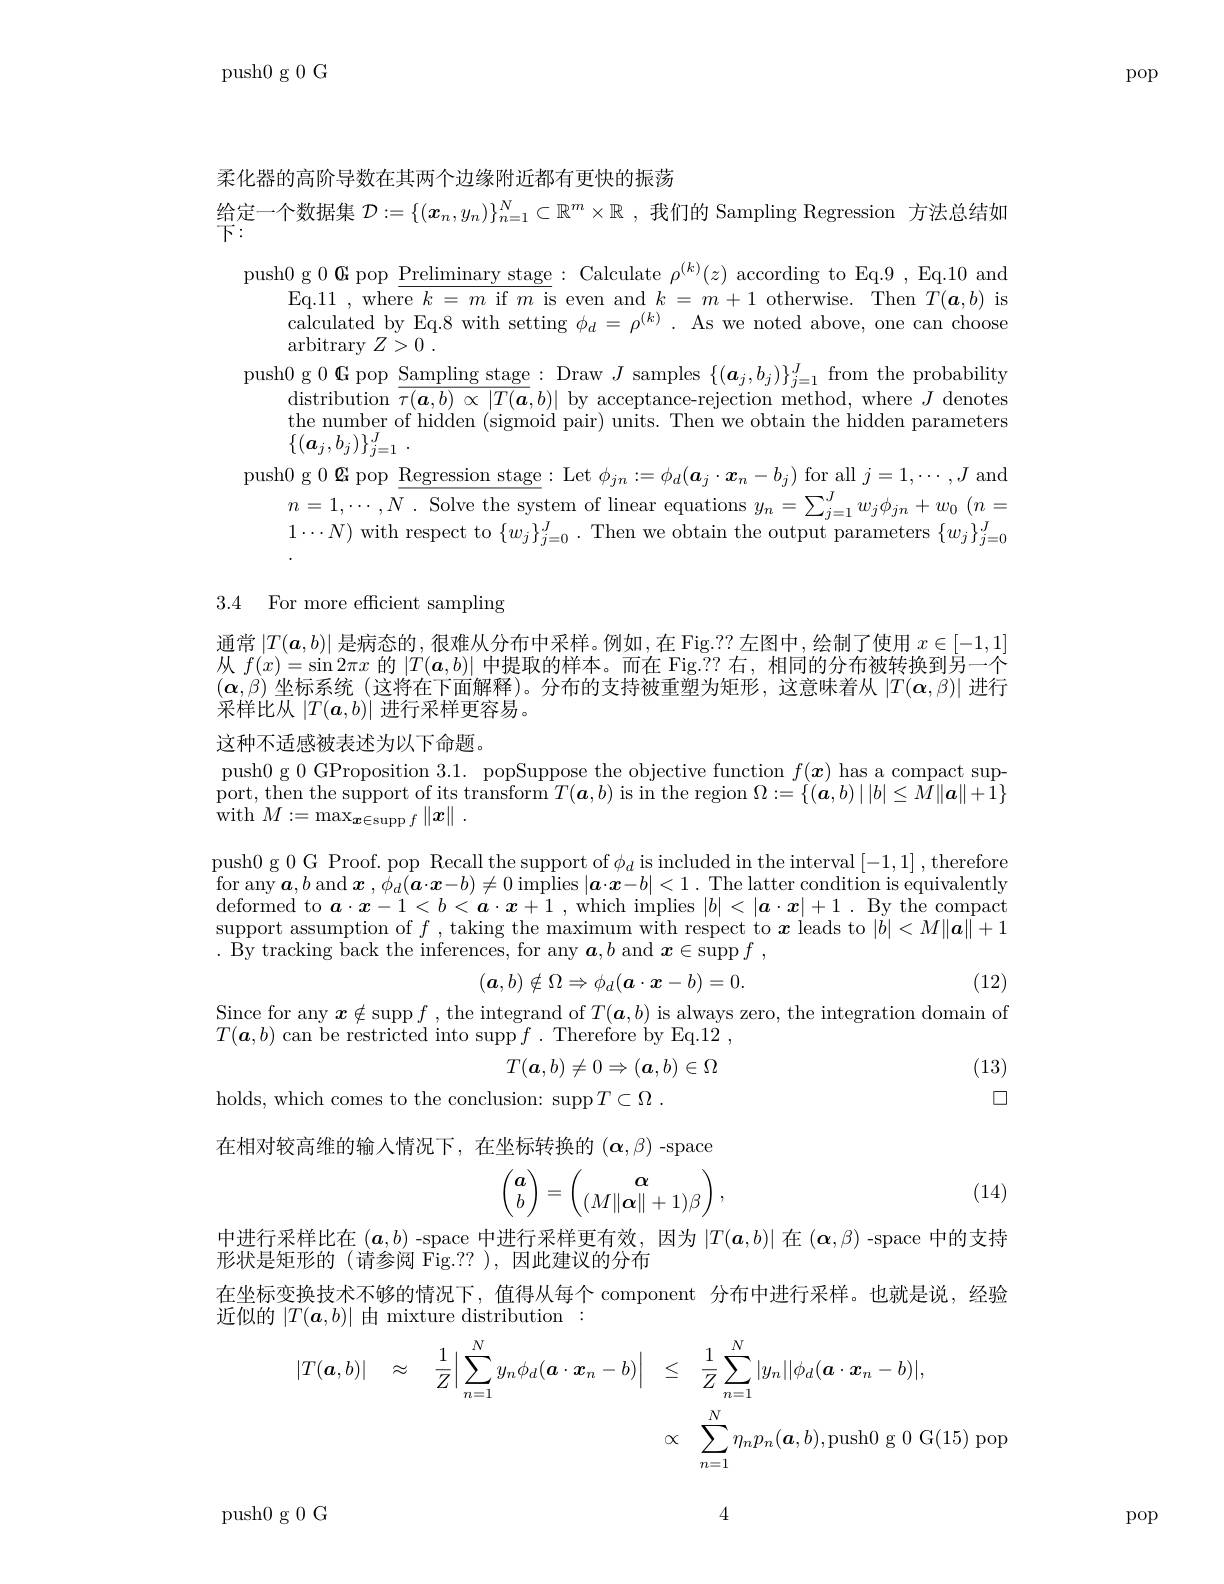
push0 g 0 G

pop

柔化器的高阶导数在其两个边缘附近都有更快的振荡

$\begin{array}{l}\text{给定一个数据集 }\mathcal{D}:=\{(x_n,y_n)\}_{n=1}^N\subset\mathbb{R}^m\times\mathbb{R}~,\text{ 我们的 Sampling Regression 方法总结如}\\\text{下：}\end{array}$
push0 g 0 G pop $\underline\text{Preliminary stage}:$ Calculate $\rho^(k)(z)$ according to Eq.9, Eq.10 and
Eq.11 , where $k=m$ if $m$ is even and $k=m+1$ otherwise. Then $T(\boldsymbol{a},b)$ is calculated by Eq.8 with setting $\phi_d=\rho^{(k)}.$ As we noted above, one can choose arbitrary $Z> 0$ .
push0 g $0\textbf{G pop Sampling stage}:$ Draw $J$ samples $\{(\boldsymbol a_j,b_j)\}_j=1^J$ from the probability
$\begin{array}{c}{\text{distribution }\overline{\tau(\boldsymbol{a},b)\propto|T(\boldsymbol{a},b)|}}&{\text{by acceptance-rejection method, where }J}\end{array}$denotes the number of hidden (sigmoid pair) units. Then we obtain the hidden parameters $\{ ( \boldsymbol{a}_j, b_j) \} _{j= 1}^J$ .
push0 g 0 Gpop Regression stage : Let $\phi_jn:=\phi_d(\boldsymbol{a}_j\cdot\boldsymbol{x}_n-b_j)$ for all $j=1,\cdots,J$ and
$n=1,\cdots,N$ . Solve the system of linear equations $y_n= \sum _j= 1^Jw_j\phi _{jn}+ w_0$ $( n=$ $1\cdots N)$ with respect to $\{w_j\}_j=0^J.$ Then we obtain the output parameters $\{w_j\}_j=0^J$

3.4 For more efficient sampling

通常$\left|T(\boldsymbol{a},b)\right|$是病态的，很难从分布中采样。例如，在 Fig.?? 左图中，绘制了使用 $x\in[-1,1]$ 从$f(x)=\sin2\pi x$的$|T(\boldsymbol{a},b)|$中提取的样本。而在 Fig.?? 右，相同的分布被转换到另一个$(\boldsymbol{\alpha},\dot{\beta})$坐标系统(这将在下面解释)。分布的支持被重塑为矩形，这意味着从$|T(\boldsymbol{\alpha},\beta)|$进行采样比从$|T(\boldsymbol{a},b)|$进行采样更容易。

这种不适感被表述为以下命题。
push0 g 0 GProposition 3.1. popSuppose the objective function $f(x)$ has a compact support, then the support of its transform$T( \boldsymbol{a}, b)$ is in the region $\Omega : = \{ ( \boldsymbol{a}, b) \mid | b| \leq \bar{M} \| \boldsymbol{a}\| + \bar{1} \}$ $\operatorname { \mathrm{with}} M: = \max _{\boldsymbol{x}\in \operatorname { supp} f}\left \| \boldsymbol{x}\right \|$ .
push0 g 0 G Proof. pop Recall the support of $\phi_d$ is included in the interval [-1,1] ,therefore for any $\boldsymbol{a}, b$ and $\boldsymbol{x}$ $, \dot{\phi } _{d}( \boldsymbol{a}\cdot \boldsymbol{x}- b) \neq 0$ implies $| \boldsymbol{a}\cdot \boldsymbol{x}- b| < 1.$ The latter condition is equivalently for any $\boldsymbol{a}, b$ and $\boldsymbol{x}$ $, \dot{\phi } _{d}( \boldsymbol{a}\cdot \boldsymbol{x}- b) \neq 0$ implies $| \boldsymbol{a}\cdot \boldsymbol{x}- b| < 1.$ The latter condition is equivalently deformed to $\boldsymbol{a}\cdot\boldsymbol{x}-1<b<\boldsymbol{a}\cdot\boldsymbol{x}+1$ ,which implies $|b|<|\boldsymbol{a}\cdot x|+1.$ By the compact support assumption of $f$ , taking the maximum with respect to $x$ leads to $|\tilde{b}|<M\|\tilde{\boldsymbol{a}}\|+1$ $.{\mathrm{~By~tracking~back~the~inferences,~for~any~}\boldsymbol{a},b\mathrm{~and~}\boldsymbol{x}\in\operatorname{supp}f~,}$
$$(\boldsymbol{a},b)\notin\Omega\Rightarrow\phi_d(\boldsymbol{a}\cdot\boldsymbol{x}-b)=0.$$
(12)

Since for any $\boldsymbol{x}\notin$supp $f$ , the integrand of $T(\boldsymbol{a},b)$ is always zero, the integration domain of
$T(\boldsymbol{a},b)$ can be restricted into supp$f.$ Therefore by Eq.12,
$$T(\boldsymbol{a},b)\neq0\Rightarrow(\boldsymbol{a},b)\in\Omega $$
(13) 口

holds, which comes to the conclusion: supp$T\subset \Omega$ .

在相对较高维的输入情况下，在坐标转换的$(\boldsymbol{\alpha},\beta)$ -space

(14)
$$\begin{pmatrix}a\\b\end{pmatrix}=\begin{pmatrix}\alpha\\(M\|\alpha\|+1)\beta\end{pmatrix},$$
中进行采样比在$(\boldsymbol{a},b)$ -space 中进行采样更有效，因为$|T(\boldsymbol{a},b)|$在$(\boldsymbol{\alpha},\beta)$ -space 中的支持
形状是矩形的(请参阅 Fig.??),因此建议的分布
在坐标变换技术不够的情况下，值得从每个 component 分布中进行采样。也就是说，经验
近似的$|T(\boldsymbol{a},b)|$由 mixture distribution :
$$\begin{aligned}|T(\boldsymbol{a},b)|\quad\approx\quad\frac{1}{Z}\Big|\sum_{n=1}^{N}y_{n}\phi_{d}(\boldsymbol{a}\cdot\boldsymbol{x}_{n}-b)\Big|&\leq\quad\frac{1}{Z}\sum_{n=1}^{N}|y_{n}||\phi_{d}(\boldsymbol{a}\cdot\boldsymbol{x}_{n}-b)|,\\&\propto\quad\sum_{n=1}^{N}\eta_{n}p_{n}(\boldsymbol{a},b),\mathrm{push}0\:\mathrm{g}\:0\:\mathrm{G}(15)\end{aligned}$$
4

push0 g 0 G

pop